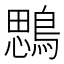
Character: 𪃄